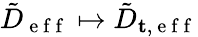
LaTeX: \tilde{D}_{\mathrm{~e~f~f~}}\mapsto\tilde{D}_{\mathbf{t},\mathrm{~e~f~f~}}